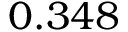
0 . 3 4 8